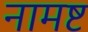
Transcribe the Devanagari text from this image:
नामष्ट